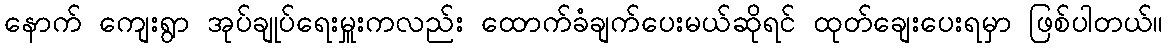
နောက် ကျေးရွာ အုပ်ချုပ်ရေးမှူးကလည်း ထောက်ခံချက်ပေးမယ်ဆိုရင် ထုတ်ချေးပေးရမှာ ဖြစ်ပါတယ်။